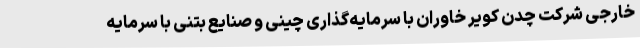
خارجی شرکت چدن کویر خاوران با سرمایه‌گذاری چینی و صنایع بتنی با سرمایه